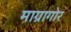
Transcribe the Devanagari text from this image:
माग्रागोर